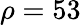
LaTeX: \rho=53